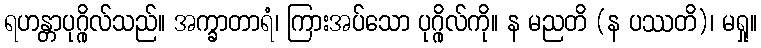
ရဟန္တာပုဂ္ဂိုလ်သည်။ အက္ခာတာရံ၊ ကြားအပ်သော ပုဂ္ဂိုလ်ကို။ န မညတိ (န ပဿတိ)၊ မရှု။